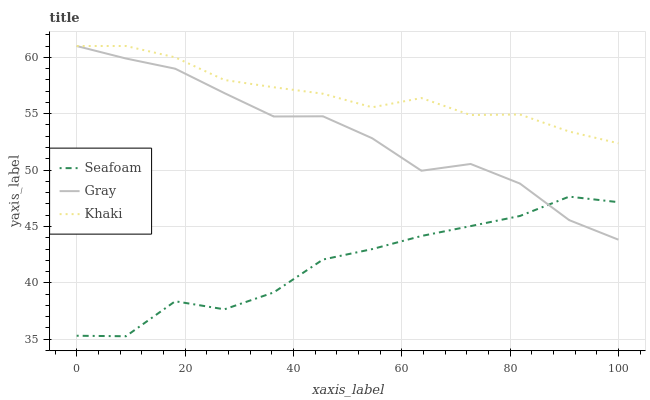
| xaxis_label | Seafoam | Gray | Khaki |
 | --- | --- | --- | --- |
 | 0 | 35.3 | 61 | 61 |
 | 9.09 | 35.3 | 59.9 | 61 |
 | 18.2 | 38.4 | 59 | 60 |
 | 27.3 | 37.7 | 56.8 | 58 |
 | 36.4 | 39.2 | 54.8 | 57.3 |
 | 45.5 | 42.1 | 54.8 | 56.8 |
 | 54.5 | 43 | 52.8 | 55.6 |
 | 63.6 | 44.2 | 49.9 | 56.4 |
 | 72.7 | 45 | 50.5 | 54.9 |
 | 81.8 | 45.9 | 48.8 | 54.9 |
 | 90.9 | 47.6 | 45.6 | 53.4 |
 | 100 | 47.2 | 43.8 | 52.4 |